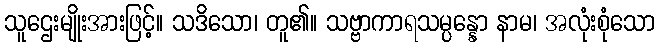
သူဌေးမျိုးအားဖြင့်။ သဒိသော၊ တူ၏။ သဗ္ဗာကာရသမ္ပန္နော နာမ၊ အလုံးစုံသော